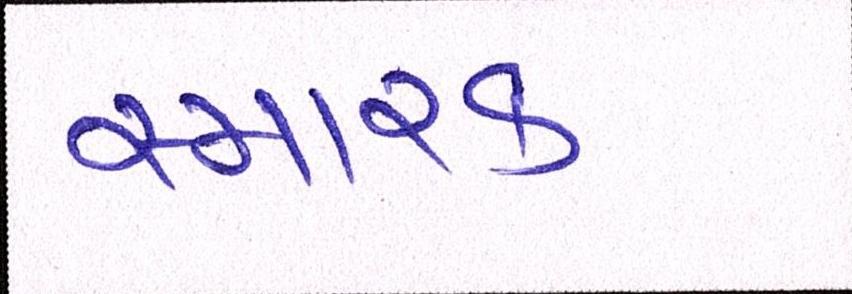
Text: સ્મારક